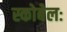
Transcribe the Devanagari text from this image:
स्कोबेलः